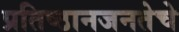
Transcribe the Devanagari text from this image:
प्रतिष्ठानजनतेचे